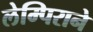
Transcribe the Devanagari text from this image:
लेम्पिराने